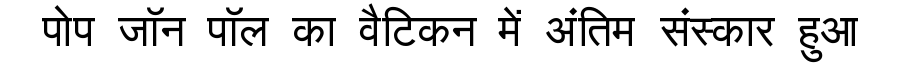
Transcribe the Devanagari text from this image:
पोप जॉन पॉल का वैटिकन में अंतिम संस्कार हुआ